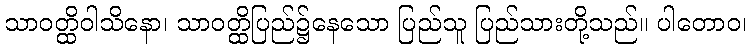
သာဝတ္ထိဝါသိနော၊ သာဝတ္ထိပြည်၌နေသော ပြည်သူ ပြည်သားတို့သည်။ ပါတောဝ၊